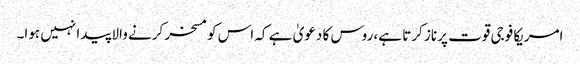
امریکا فوجی قوت پر ناز کرتا ہے، روس کا دعویٰ ہے کہ اس کو مسخر کرنے والا پیدا نہیں ہوا۔